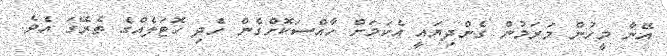
އޭނާ މީހުން މަރަމުން ގެންދިޔައީ އެކަމަށް ހާއްސަކޮށްގެން ހެދި ހޮޓަލެއްގެ ތެރޭގަ އެވެ.